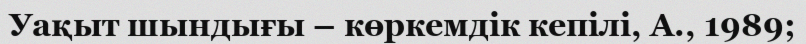
Уақыт шындығы – көркемдік кепілі, А., 1989;